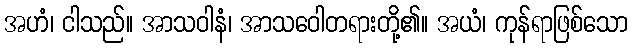
အဟံ၊ ငါသည်။ အာသဝါနံ၊ အာသဝေါတရားတို့၏။ အယံ၊ ကုန်ရာဖြစ်သော